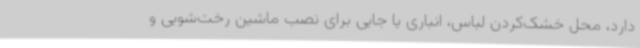
دارد، محل خشک‌کردن لباس، انباری یا جایی برای نصب ماشین رخت‌شویی و